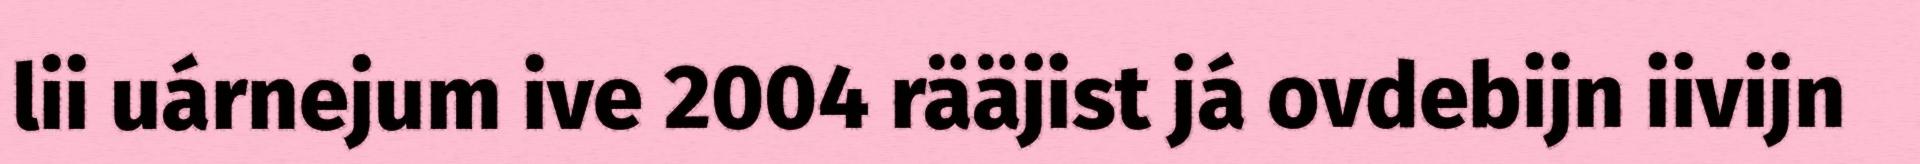
lii uárnejum ive 2004 rääjist já ovdebijn iivijn